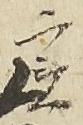
実